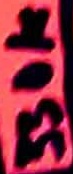
Text: 330K